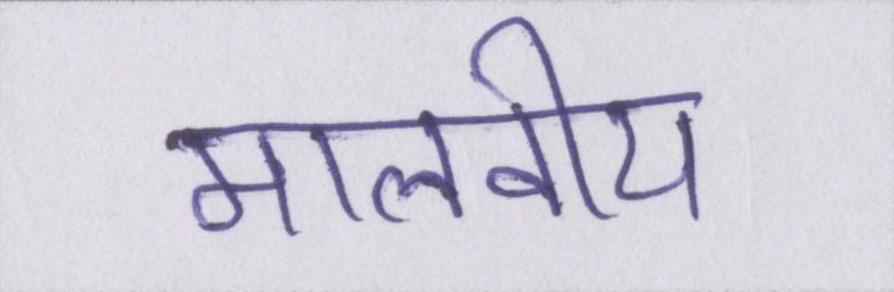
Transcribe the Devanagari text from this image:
मालवीय